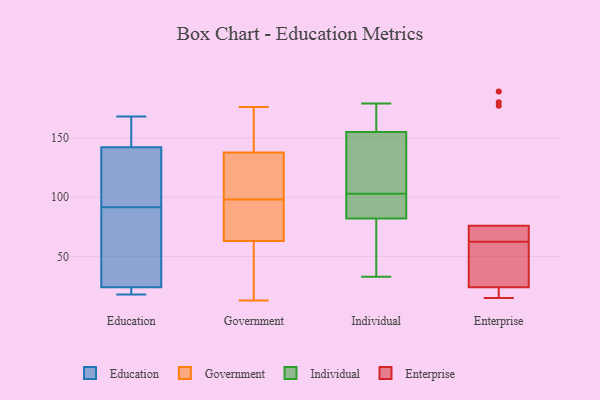
{"axis": {"x": "Budget (USD K)", "y": "Value"}, "legend": ["Education", "Enterprise", "Government", "Individual"], "data": [{"x": "", "y": 142, "type": "Education"}, {"x": "", "y": 129, "type": "Education"}, {"x": "", "y": 23, "type": "Education"}, {"x": "", "y": 162, "type": "Education"}, {"x": "", "y": 18, "type": "Education"}, {"x": "", "y": 168, "type": "Education"}, {"x": "", "y": 61, "type": "Education"}, {"x": "", "y": 24, "type": "Education"}, {"x": "", "y": 64, "type": "Education"}, {"x": "", "y": 119, "type": "Education"}, {"x": "", "y": 79, "type": "Government"}, {"x": "", "y": 166, "type": "Government"}, {"x": "", "y": 143, "type": "Government"}, {"x": "", "y": 171, "type": "Government"}, {"x": "", "y": 101, "type": "Government"}, {"x": "", "y": 151, "type": "Government"}, {"x": "", "y": 61, "type": "Government"}, {"x": "", "y": 13, "type": "Government"}, {"x": "", "y": 122, "type": "Government"}, {"x": "", "y": 37, "type": "Government"}, {"x": "", "y": 104, "type": "Government"}, {"x": "", "y": 117, "type": "Government"}, {"x": "", "y": 69, "type": "Government"}, {"x": "", "y": 176, "type": "Government"}, {"x": "", "y": 29, "type": "Government"}, {"x": "", "y": 97, "type": "Government"}, {"x": "", "y": 53, "type": "Government"}, {"x": "", "y": 88, "type": "Government"}, {"x": "", "y": 98, "type": "Government"}, {"x": "", "y": 179, "type": "Individual"}, {"x": "", "y": 53, "type": "Individual"}, {"x": "", "y": 136, "type": "Individual"}, {"x": "", "y": 82, "type": "Individual"}, {"x": "", "y": 33, "type": "Individual"}, {"x": "", "y": 112, "type": "Individual"}, {"x": "", "y": 94, "type": "Individual"}, {"x": "", "y": 174, "type": "Individual"}, {"x": "", "y": 155, "type": "Individual"}, {"x": "", "y": 84, "type": "Individual"}, {"x": "", "y": 15, "type": "Enterprise"}, {"x": "", "y": 59, "type": "Enterprise"}, {"x": "", "y": 177, "type": "Enterprise"}, {"x": "", "y": 18, "type": "Enterprise"}, {"x": "", "y": 34, "type": "Enterprise"}, {"x": "", "y": 189, "type": "Enterprise"}, {"x": "", "y": 29, "type": "Enterprise"}, {"x": "", "y": 66, "type": "Enterprise"}, {"x": "", "y": 76, "type": "Enterprise"}, {"x": "", "y": 180, "type": "Enterprise"}, {"x": "", "y": 76, "type": "Enterprise"}, {"x": "", "y": 24, "type": "Enterprise"}, {"x": "", "y": 16, "type": "Enterprise"}, {"x": "", "y": 71, "type": "Enterprise"}]}